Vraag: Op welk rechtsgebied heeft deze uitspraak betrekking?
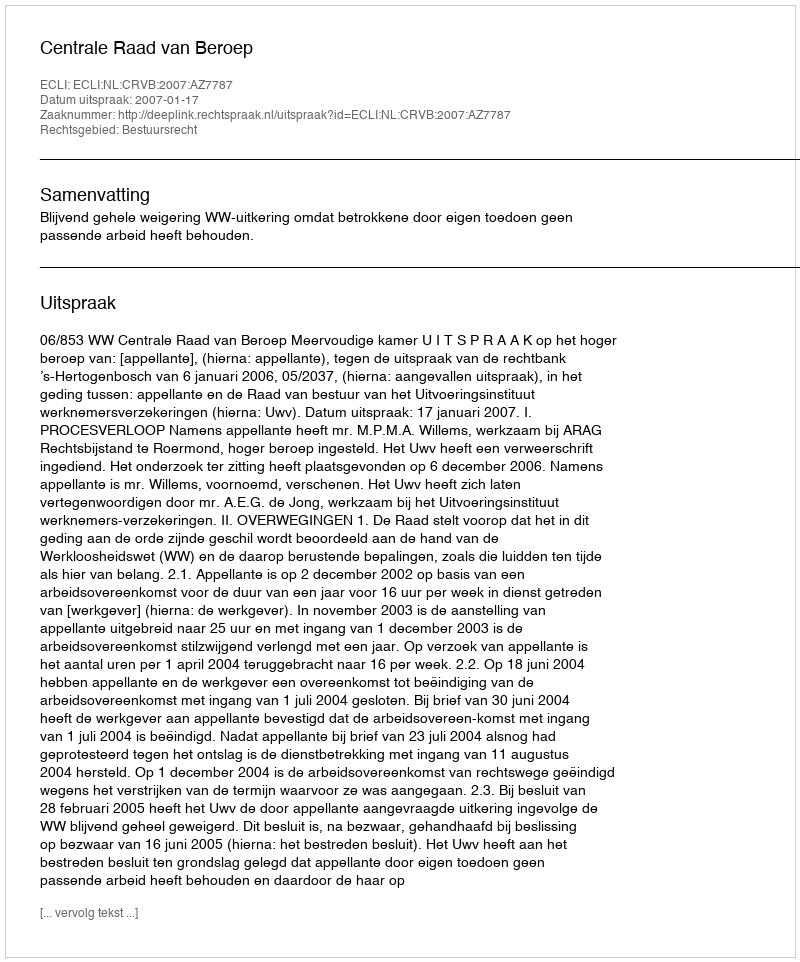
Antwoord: Bestuursrecht